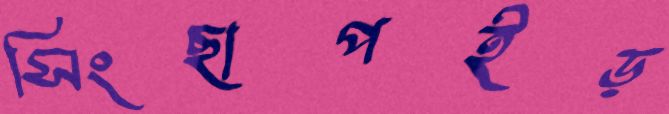
সিংছাপইড়